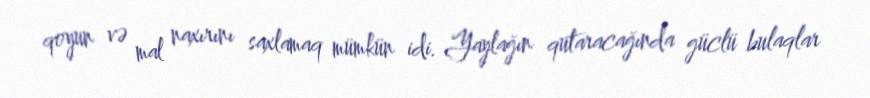
qoyun və mal naxırını saxlamaq mümkün idi. Yaylağın qutaracağında güclü bulaqlar